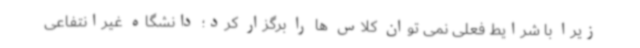
زیرا با شرایط فعلی نمی توان کلاس ها را برگزار کرد؛ دانشگاه غیرانتفاعی